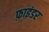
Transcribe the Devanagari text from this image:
फ़ाइंडर